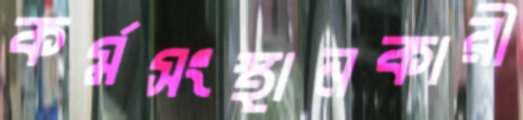
কর্মসংস্থানকারী